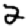
Digit: 2